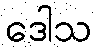
ဒေါသ